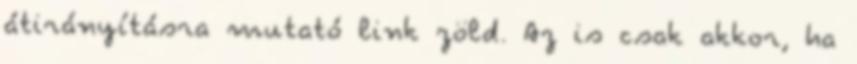
átirányításra mutató link zöld. Az is csak akkor, ha